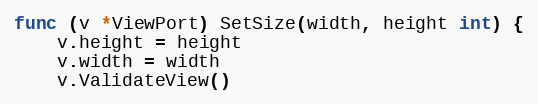
Language: Go
func (v *ViewPort) SetSize(width, height int) {
	v.height = height
	v.width = width
	v.ValidateView()